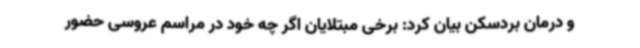
و درمان بردسکن بیان کرد: برخی مبتلایان اگر چه خود در مراسم عروسی حضور